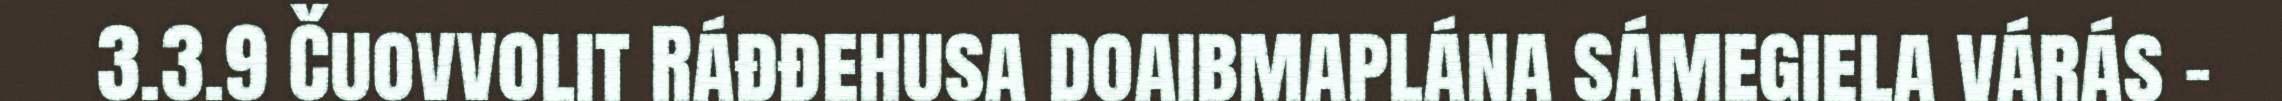
3.3.9 Čuovvolit Ráđđehusa doaibmaplána sámegiela várás –